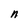
Character: n